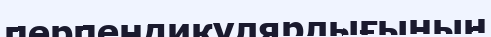
перпендикулярлығының